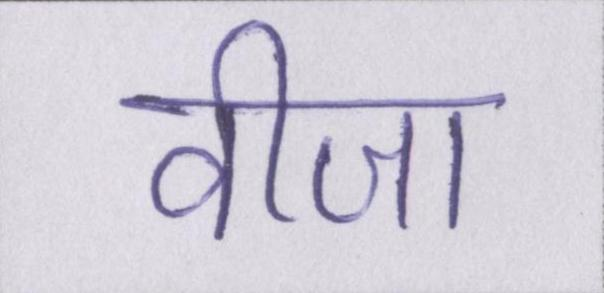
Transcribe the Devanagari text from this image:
वीजा